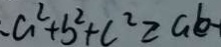
a ^ { 2 } + b ^ { 2 } + c ^ { 2 } \geq a b -